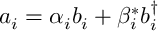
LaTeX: a _ { i } = \alpha _ { i } b _ { i } + \beta _ { i } ^ { * } b _ { i } ^ { \dagger }